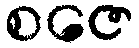
စဇေ